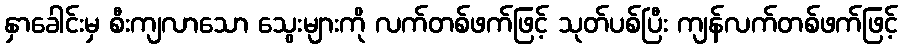
နှာခေါင်းမှ စီးကျလာသော သွေးများကို လက်တစ်ဖက်ဖြင့် သုတ်ပစ်ပြီး ကျန်လက်တစ်ဖက်ဖြင့်